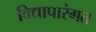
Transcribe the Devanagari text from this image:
विद्यापारंगत